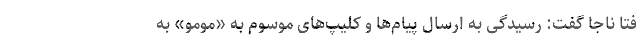
فتا ناجا گفت: رسیدگی به ارسال پیام‌ها و کلیپ‌های موسوم به «مومو» به